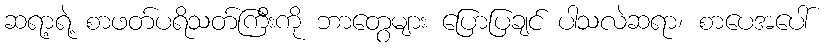
ဆရာ့ရဲ့ စာဖတ်ပရိသတ်ကြီးကို ဘာတွေများ ပြောပြချင် ပါသလဲဆရာ၊ စာပေအပေါ်